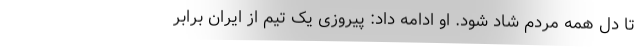
تا دل همه مردم شاد شود. او ادامه داد: پیروزی یک تیم از ایران برابر